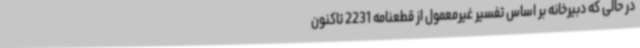
در حالی که دبیرخانه بر اساس تفسیر غیرمعمول از قطعنامه 2231 تاکنون